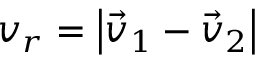
v _ { r } = \left| \vec { v } _ { 1 } - \vec { v } _ { 2 } \right|